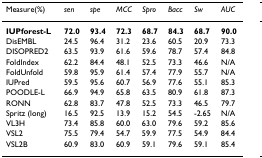
| Measure(%) | sen | spe | MCC | Spro | Bacc | Sw | AUC |
 | --- | --- | --- | --- | --- | --- | --- | --- |
 | IUPforest-L | 72.0 | 93.4 | 72.3 | 68.7 | 84.3 | 68.7 | 90.0 |
 | DisEMBL | 24.5 | 96.4 | 31.2 | 23.6 | 60.5 | 20.9 | 73.3 |
 | DISOPRED2 | 63.5 | 93.9 | 61.6 | 59.6 | 78.7 | 57.4 | 84.8 |
 | FoldIndex | 62.2 | 84.4 | 48.1 | 52.5 | 73.3 | 46.6 | N/A |
 | FoldUnfold | 59.8 | 95.9 | 61.4 | 57.4 | 77.9 | 55.7 | N/A |
 | IUPred | 59.5 | 95.6 | 60.7 | 56.9 | 77.6 | 55.1 | 85.3 |
 | POODLE-L | 66.9 | 94.9 | 65.8 | 63.5 | 80.9 | 61.8 | 87.3 |
 | RONN | 62.8 | 83.7 | 47.8 | 52.5 | 73.3 | 46.5 | 79.7 |
 | Spritz (long) | 16.5 | 92.5 | 13.9 | 15.2 | 54.5 | -2.65 | N/A |
 | VL3H | 73.4 | 85.8 | 60.0 | 63.0 | 79.6 | 59.2 | 85.6 |
 | VSL2 | 75.5 | 79.4 | 54.7 | 59.9 | 77.5 | 54.9 | 84.4 |
 | VSL2B | 60.9 | 83.0 | 60.9 | 59.1 | 79.6 | 59.1 | 85.4 |